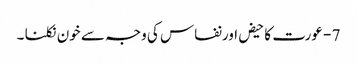
7 - عورت کا حیض اورنفاس کی وجہ سے خون نکلنا ۔